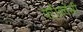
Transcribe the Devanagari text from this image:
फ्ऱीक्वेंसी